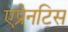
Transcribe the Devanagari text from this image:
एप्रेनटिस